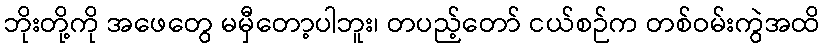
ဘိုးတို့ကို အဖေတွေ မမှီတော့ပါဘူး၊ တပည့်တော် ငယ်စဉ်က တစ်ဝမ်းကွဲအထိ